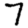
Digit: 7